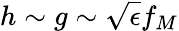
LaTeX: h\sim g\sim\sqrt{\epsilon}f_{M}